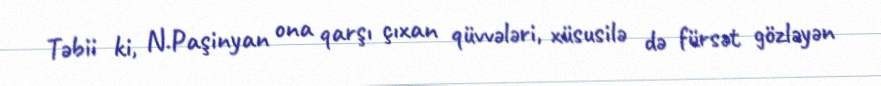
Təbii ki, N.Paşinyan ona qarşı çıxan qüvvələri, xüsusilə də fürsət gözləyən